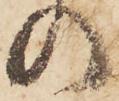
の